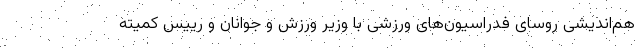
هم‌اندیشی روسای فدراسیون‌های ورزشی با وزیر ورزش و جوانان و رییس کمیته